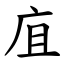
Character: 㡹